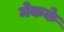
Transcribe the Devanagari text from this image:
मेकके